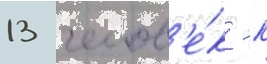
13 челов'е́к - к